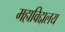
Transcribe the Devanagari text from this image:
महाविद्दालय